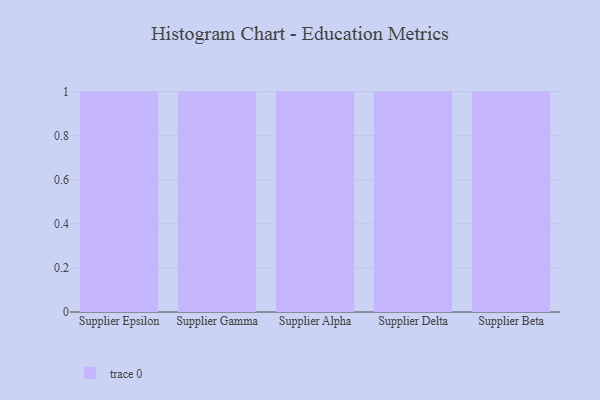
{"axis": {"x": "Supplier", "y": "Humidity (%)"}, "legend": [""], "data": [{"x": "Supplier Epsilon", "y": 86, "type": ""}, {"x": "Supplier Gamma", "y": 40, "type": ""}, {"x": "Supplier Alpha", "y": 95, "type": ""}, {"x": "Supplier Delta", "y": 27, "type": ""}, {"x": "Supplier Beta", "y": 46, "type": ""}]}